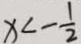
x < - \frac { 1 } { 2 }